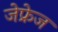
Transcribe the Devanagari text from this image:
जेफ्रेज